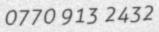
0770 913 2432